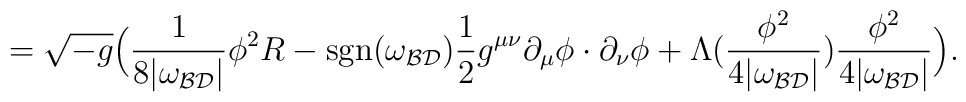
=\sqrt{-g}\Big(\frac{1}{8|\omega_{\cal BD}|}\phi^2R-\mbox{sgn}(\omega_{\cal BD})\frac{1}{2}g^{\mu\nu}\partial_\mu\phi\cdot\partial_\nu\phi+\Lambda(\frac{\phi^2}{4|\omega_{\cal BD}|})\frac{\phi^2}{4|\omega_{\cal BD}|}\Big).